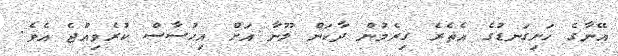
އޭނާގެ ހަށިގަނޑުގެ އެތެރެ ގިރެމުން ދާކަން ލޫނާ އަށް އިޙުސާސް ކުރެވިއްޖެ އެވެ.